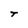
Character: T